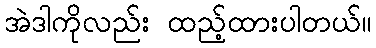
အဲဒါကိုလည်း ထည့်ထားပါတယ်။